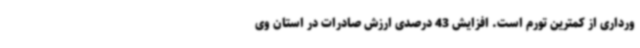
ورداری از کمترین تورم است. افزایش 43 درصدی ارزش صادرات در استان وی